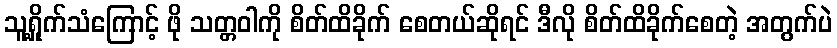
သူ့ရှိုက်သံကြောင့် ဖို သတ္တဝါကို စိတ်ထိခိုက် စေတယ်ဆိုရင် ဒီလို စိတ်ထိခိုက်စေတဲ့ အတွက်ပဲ